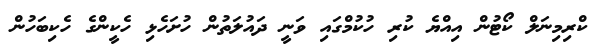
ކްރިމިނަލް ކޯޓުން އިއްޔެ ކުރި ހުކުމްގައި ވަނީ ދައުލަތުން ހުށަހެޅި ހެކީންގެ ހެކިބަހުން